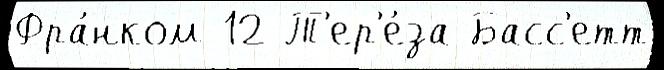
Фра́нком 12 Т'ер'е́за Басс'етт